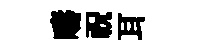
疇祝耳